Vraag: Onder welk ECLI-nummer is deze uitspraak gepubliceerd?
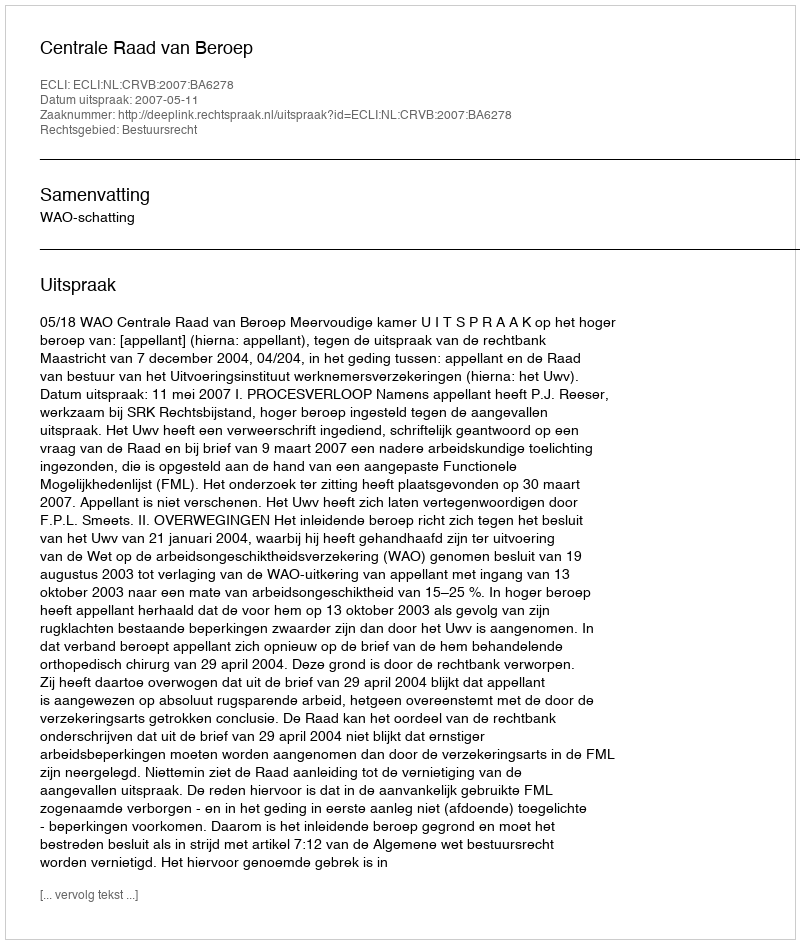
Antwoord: ECLI:NL:CRVB:2007:BA6278